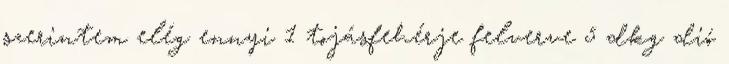
szerintem elég ennyi 1 tojásfehérje felverve 5 dkg dió